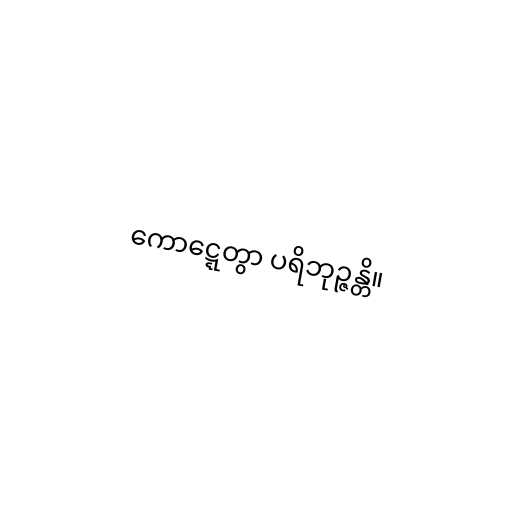
ကောဋ္ဋေတွာ ပရိဘုဉ္ဇန္တိ။